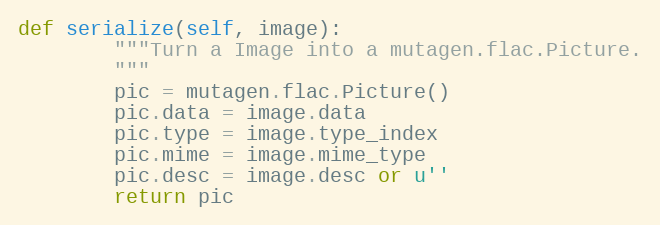
Language: Python
def serialize(self, image):
        """Turn a Image into a mutagen.flac.Picture.
        """
        pic = mutagen.flac.Picture()
        pic.data = image.data
        pic.type = image.type_index
        pic.mime = image.mime_type
        pic.desc = image.desc or u''
        return pic